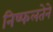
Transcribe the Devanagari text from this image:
निष्फलतेने